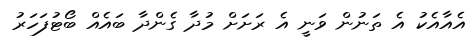
އެއާއެކު އެ ތަނުން ވަނީ އެ ރަށަށް މުދާ ގެންދާ ބައެެއް ބޯޓުފަހަރު